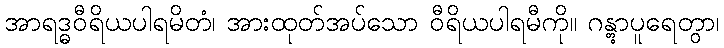
အာရဒ္ဓဝီရိယပါရမိတံ၊ အားထုတ်အပ်သော ဝီရိယပါရမီကို။ ဂန္တွာပူရေတွာ၊